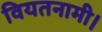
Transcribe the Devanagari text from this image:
वियतनामी।